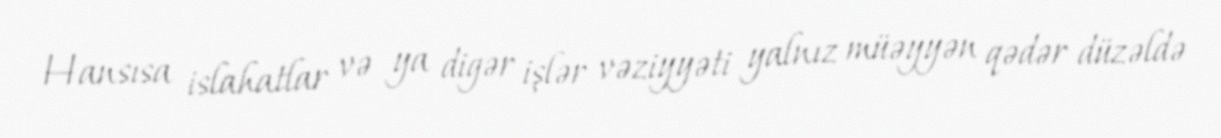
Hansısa islahatlar və ya digər işlər vəziyyəti yalnız müəyyən qədər düzəldə